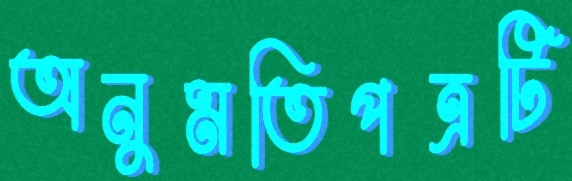
অনুমতিপত্রটি